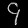
Digit: ၄